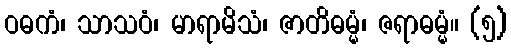
ဝဓကံ၊ သာသဝံ၊ မာရာမိသံ၊ ဇာတိဓမ္မံ၊ ဇရာဓမ္မံ။ (၅)